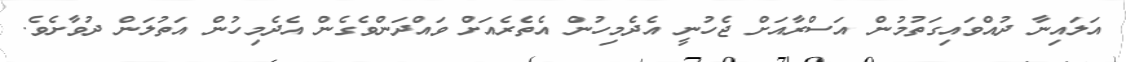
އަލައިނާ ދުއްވައިގަތުމުން އަސްރާއަށް ޖެހުނީ އެދެމިހުން އެތެރެއަށް ވައްދަންވެގެން އެދެމިހުން އަތުލަން ދުވާށެވެ.